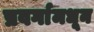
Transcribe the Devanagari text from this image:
प्रवर्गामधून